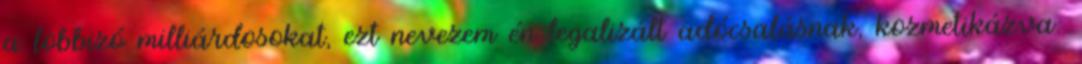
a lobbizó milliárdosokat, ezt nevezem én legalizált adócsalásnak, kozmetikázva: